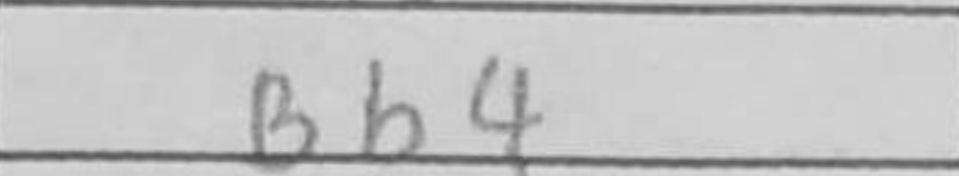
Transcription: Bb4